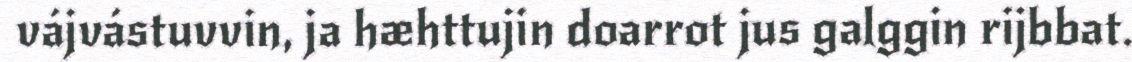
vájvástuvvin, ja hæhttujin doarrot jus galggin rijbbat.